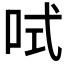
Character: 𠲧